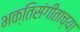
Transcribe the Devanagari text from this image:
भक्तिसंगीताच्या